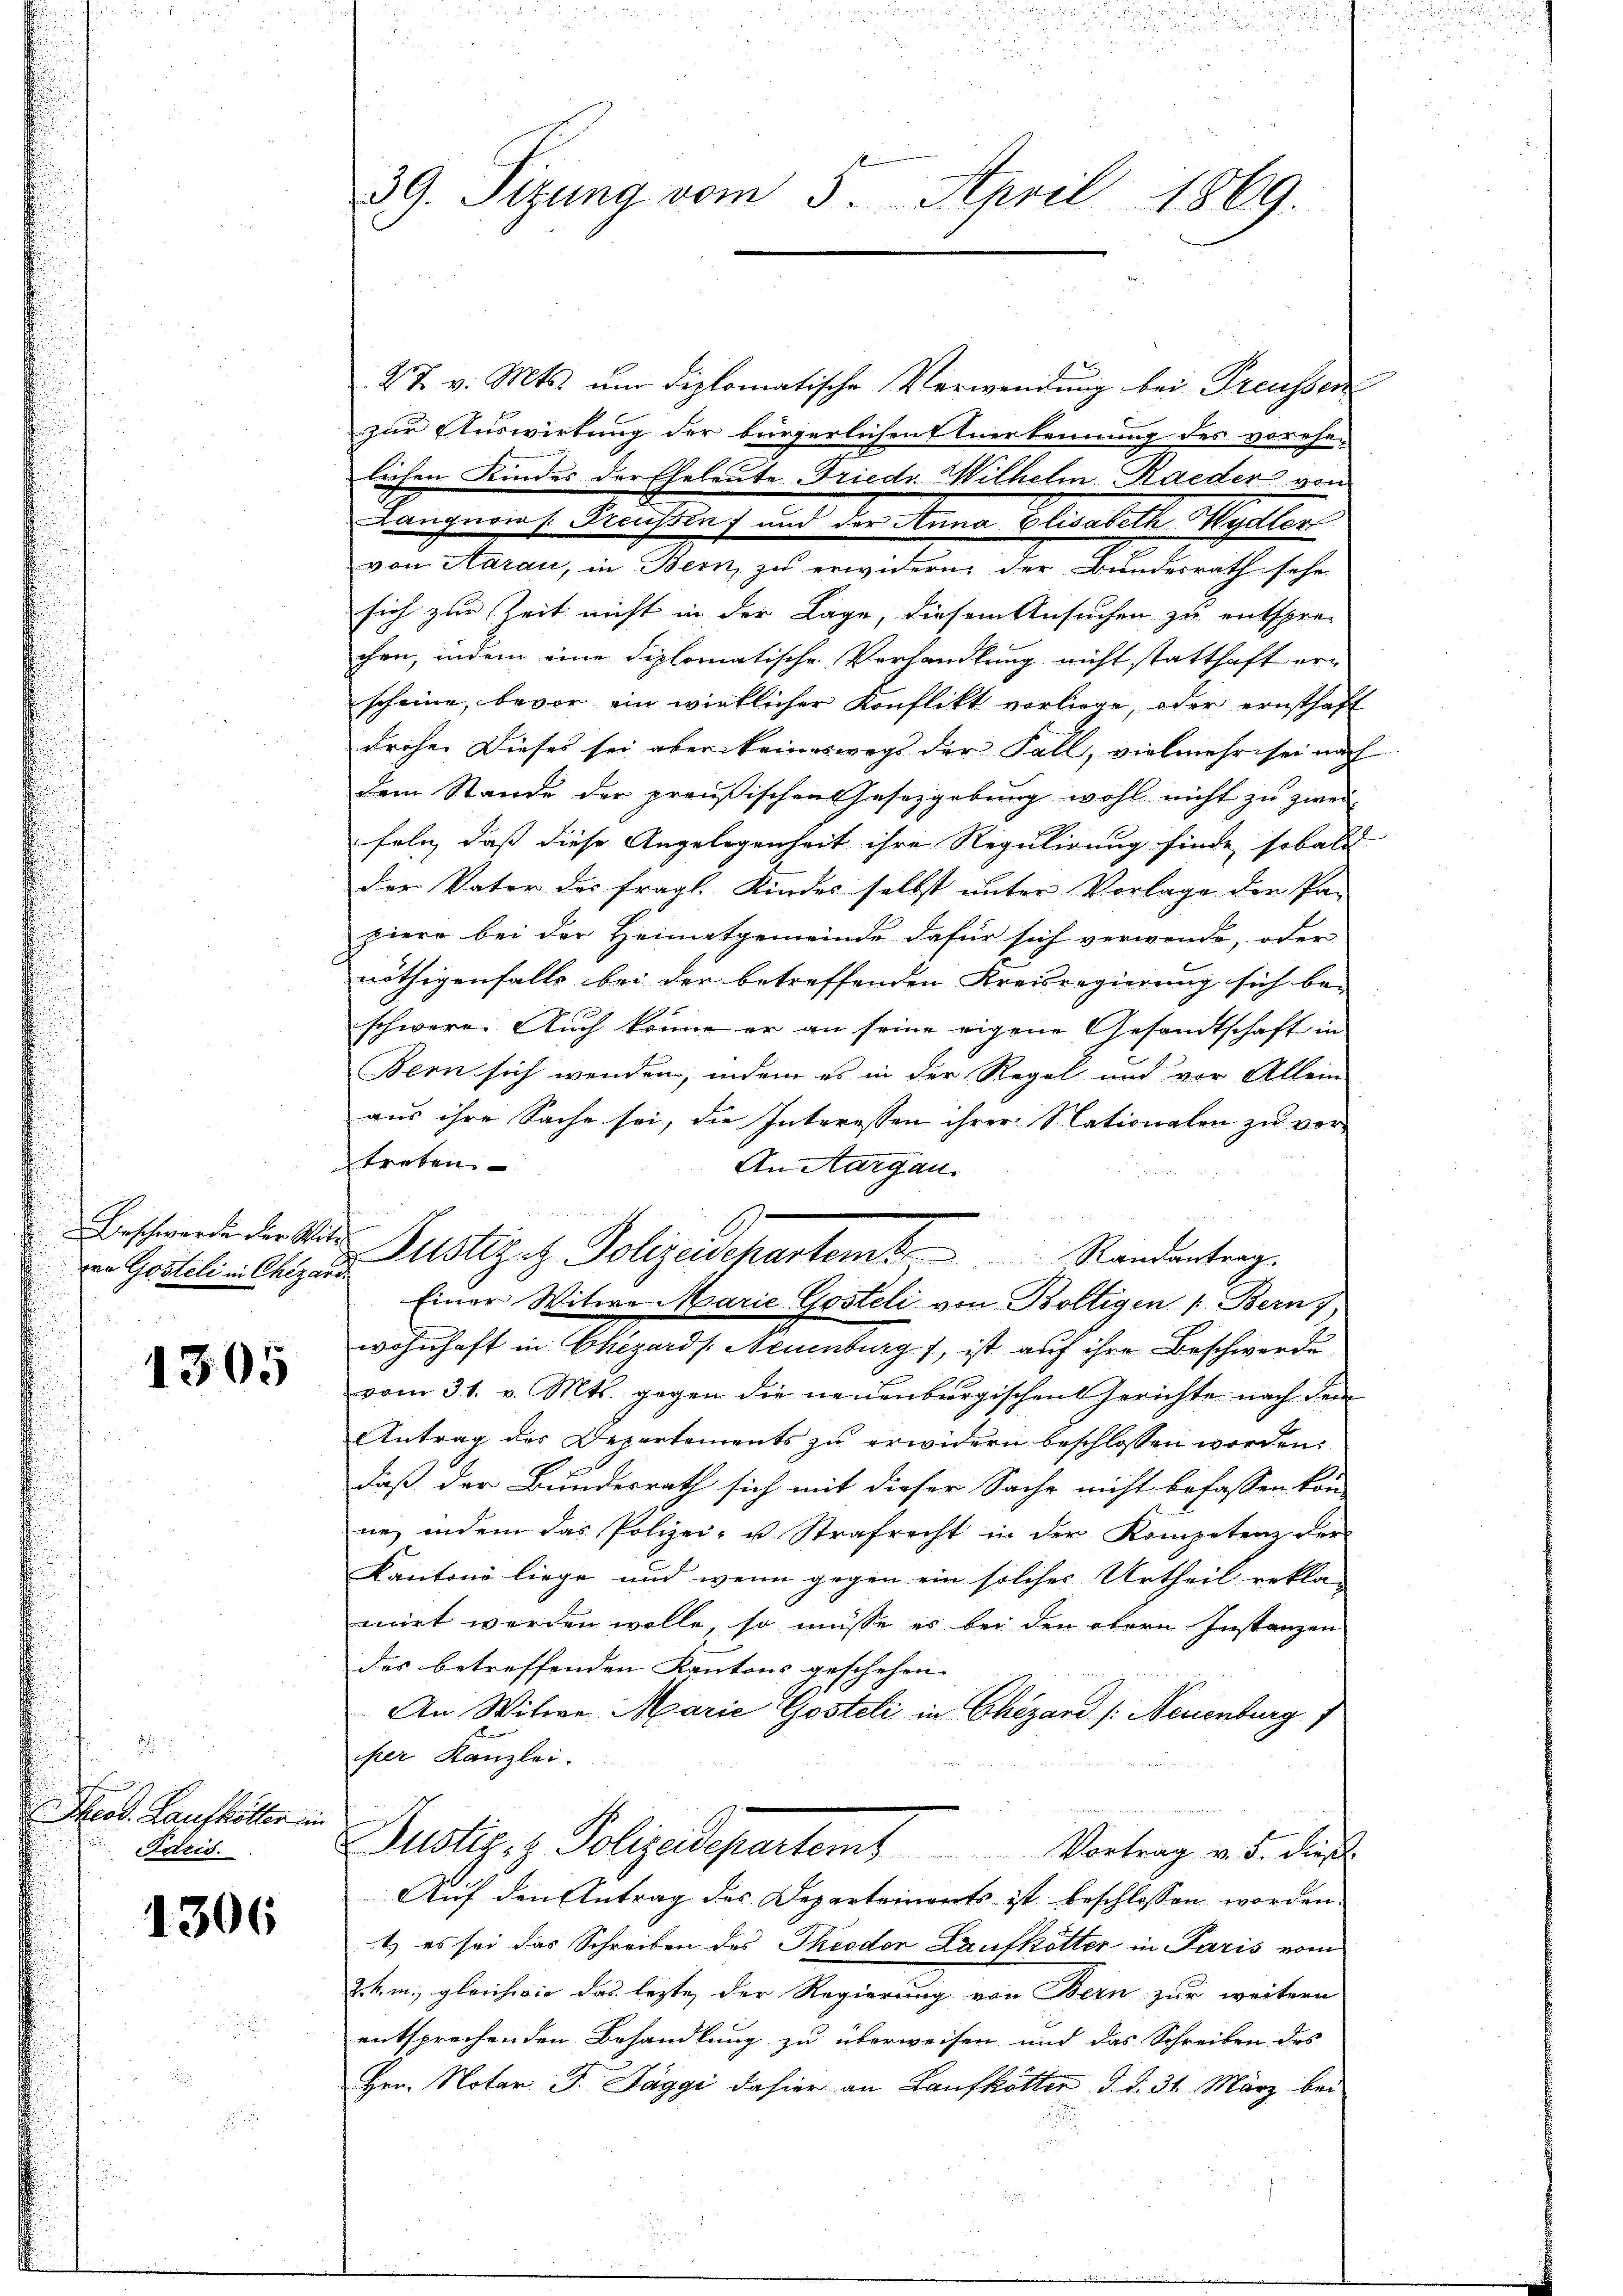
Beschwerden der Wit
vo Gusteli in Chezar

1305

Heod. Haushöller in
Paris.

1306

39. Sizung vom 5. April 1869.

27. v. Mts. um diplomatische Verwendung bei Preussen
zur Auswirkung der bürgerlichen Anerkennung des vorehe-
lichen Kindes der Eheleute Friedr. Wilhelm Raeder von
Kangnant Freihens und der Anna Elisabell Meter
von Aarau, in Bern, zu erwidern, der Bundesrath sehe
sich zur Zeit nicht in der Lage, diesem Ansuchen zu entsprechen, indem eine diplomatische Verhandlung nicht statthaft erscheine, bevor ein wirklicher Konflikt vorliege, oder ernsthaff
drohe. Dieses sei aber keineswegs der Fall, vielmehr sei nach
dem Stande der preußischen Gesetzgebung wohl nicht zu zwei-
feln, daß diese Angelegenheit ihre Regulirung finde sobald
der Vater des fragl. Kindes selbst unter Vorlage der Pa-
piere bei der Heimatgemeinde dafür sich verwende, oder
nöthigenfalls bei der betreffenden Kreisregierung sich be-
schwere. Auch könne er an seine eigene Gesandtschaft in
Bern sich wenden, indem es in der Regel und vor Allem
aus ihre Sache sei, die Interessen ihrer Nationalen zu ver-
treten.
An Aargau.
Justiges Polizeidepartamt Standenterg
Einer Witwe Marie Gosteli von Boltigen 1. Bern,
wohnhaft in Chezards Neuenburg f, ist auf ihre Beschwerde.
vom 31. v. Mts. gegen die neuenburgischen Gerichte nach dem
Antrag des Departements zu erwidern beschlossen worden.
e
daß der Bundesrath sich mit dieser Sache nicht befassen kon-
ne, indem das Polizei- u Strafrecht in der Kompetenz der
Kantone liege und wenn gegen ein solches Urtheil rekla-
mirt werden wolle, so müsse es bei den obern Instanzen
des betreffenden Kantons geschehen.
An Witwe Marie Gosteti in Chezand /: Neuenburg 1.
per Kanzlei.

Justiz z. Polizeidepartem Vortrag v. 5. dies
Auf den Antrag des Departeinants ist beschlossen worden
1) es sei das Schreiben des Theodor Lautkötter in Paris vom
Z.k. m., gleichwie das lezte der Regierung von Bern zur weitern
entsprochenden Behandlung zu überweisen und das Schreiben des
Hrn. Notar J. Paggi dahier an Kaufkötter d. d. 31. März bei